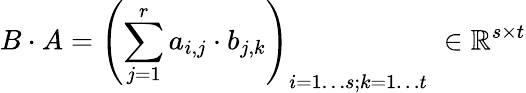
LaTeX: B\cdot A=\left(\sum_{j=1}^{r}a_{i,j}\cdot b_{j,k}\right)_{i=1\ldots s;k=1\ldots t}\; \in\mathbb{R}^{s\times t}